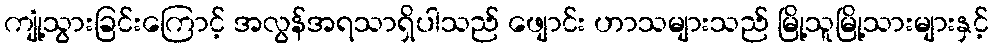
ကျုံ့သွားခြင်းကြောင့် အလွန်အရသာရှိပါသည် ဖျောင်း ဟာသများသည် မြို့သူမြို့သားများနှင့်